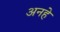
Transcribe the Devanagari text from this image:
अनहे